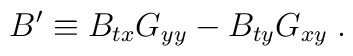
B' \equiv B_{tx} G_{yy} - B_{ty} G_{xy}\;.